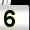
Digit: 5